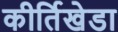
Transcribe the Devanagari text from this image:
कीर्तिखेडा